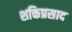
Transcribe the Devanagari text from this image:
शक्तिप्रसाद